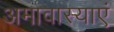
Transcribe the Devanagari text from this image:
अमावास्याएं